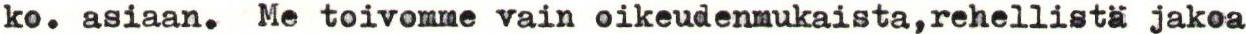
ko. asiaan. Me toivomme vain oikeudenmukaista,rehellistä jakoa